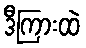
ဒီကြားထဲ